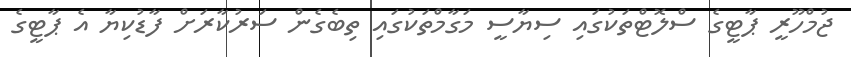
ޖުމްހޫރީ ޕާޓީގެ ސްލޮޓްތަކުގައި ސިޔާސީ މަގާމްތަކުގައި ތިބެގެން ސަރުކާރަށް ފާޑުކިޔާ އެ ޕާޓީގެ